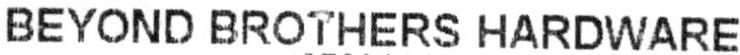
BEYOND BROTHERS HARDWARE